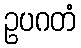
ဥပဂတံ